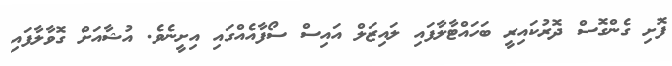
ފޮށި ގެންގޮސް ދޮރުކައިރީ ބަހައްޓާލާފައި ލައިޒަލް އައިސް ސޯފާއެއްގައި އިށީނެވެ. އުޝާއަށް ގޮވާލާފައި